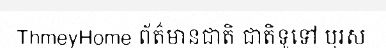
ThmeyHome ព័ត៌មានជាតិ ជាតិទូទៅ បុរស